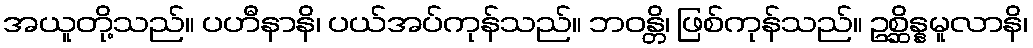
အယူတို့သည်။ ပဟီနာနိ၊ ပယ်အပ်ကုန်သည်။ ဘဝန္တိ၊ ဖြစ်ကုန်သည်။ ဥစ္ဆိန္နမူလာနိ၊